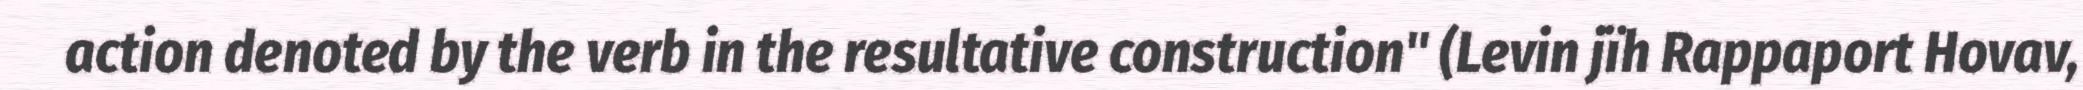
action denoted by the verb in the resultative construction" (Levin jïh Rappaport Hovav,